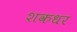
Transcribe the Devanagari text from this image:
शकधर